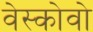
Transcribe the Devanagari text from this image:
वेस्कोवो